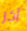
آخر